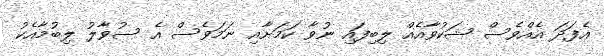
އެފަދަ އެއްވެސް ޝަކުވާއެއް ލިބިފައި ނުވާ ކަމަށާއި ނަމަވެސް އެ ސުވާލު ލިބުމާއެކު